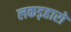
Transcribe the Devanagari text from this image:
लकड़हारों